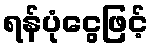
ရန်ပုံငွေဖြင့်